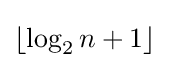
{\textstyle \lfloor \log _{2}n+1\rfloor }